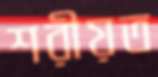
শরীয়ত